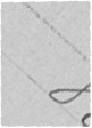
800